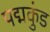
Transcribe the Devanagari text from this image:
पद्मकुंड